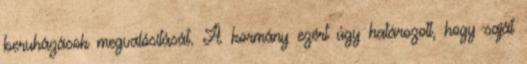
beruházások megvalósítását. A kormány ezért úgy határozott, hogy saját